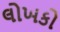
લોખકો